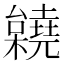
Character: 𣠎